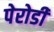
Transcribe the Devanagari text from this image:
पेरोडी